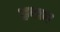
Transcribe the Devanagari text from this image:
हबाब